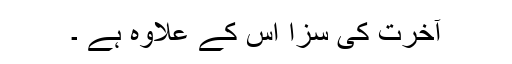
آخرت کی سزا اس کے علاوہ ہے ۔